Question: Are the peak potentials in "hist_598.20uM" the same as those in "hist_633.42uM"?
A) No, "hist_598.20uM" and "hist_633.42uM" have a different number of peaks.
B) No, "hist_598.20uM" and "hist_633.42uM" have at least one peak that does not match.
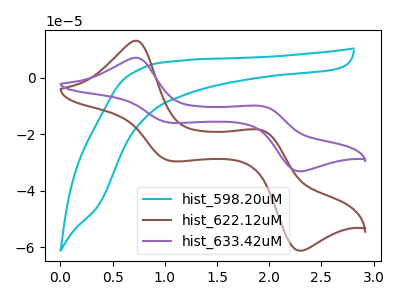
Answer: <think>The cyan curve "hist_598.20uM" has no peaks. The brown curve "hist_622.12uM" has anodic peaks at (0.70V, 13.15uA) (1.95V, -18.55uA) and cathodic peaks at (1.05V, -29.45uA) (2.30V, -61.20uA). The purple curve "hist_633.42uM" has anodic peaks at (0.70V, 7.10uA) (1.95V, -10.05uA) and cathodic peaks at (1.05V, -15.90uA) (2.30V, -33.10uA).</think>
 <answer>A) No, "hist_598.20uM" and "hist_633.42uM" have a different number of peaks.</answer>
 <eval>A</eval>